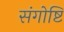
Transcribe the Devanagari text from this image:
संगोष्टि